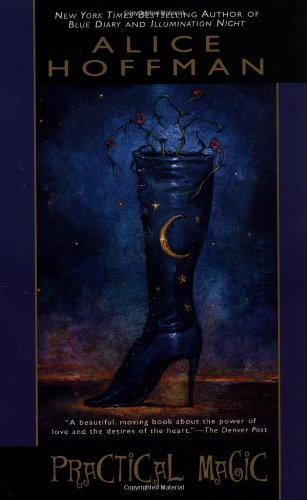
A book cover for Practical Magic; Alice Hoffman; Science Fiction & Fantasy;